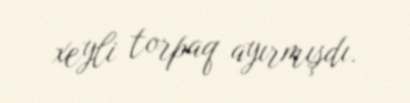
xeyli torpaq ayırmışdı.